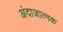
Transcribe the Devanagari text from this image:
अंदाजात्मक